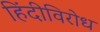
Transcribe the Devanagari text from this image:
हिंदीविरोध